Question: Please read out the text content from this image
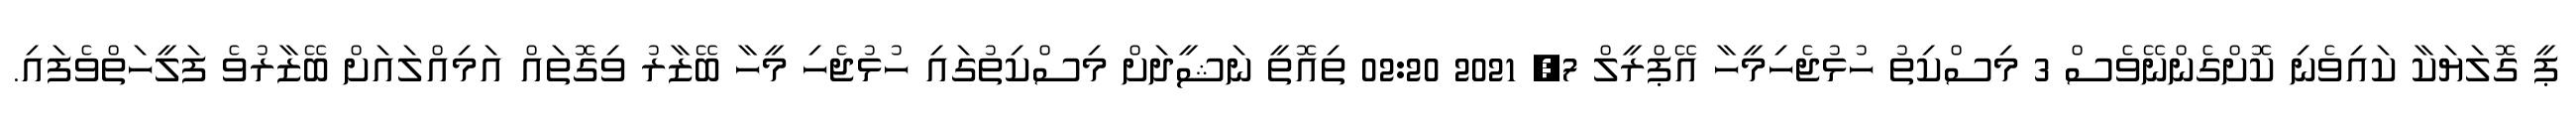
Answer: ޕީ ގޮލަޔަކާ ކައިވެނި ކޮށްގެންނޭވެސް 3 މިސްކިތު ހުޅުޖެހިމީހާ އޭޕްރީލް 7, 2021 02:20 ތިއޮތީ ނަޝީދަށް މިސްކިތުގައި ހުޅުޖެހި މީހާ ބޭޒާރު ވިގޮތައް އަމިއްލައަށް ބޭޒާރުވެ ފަލީހަތްވެފައި.